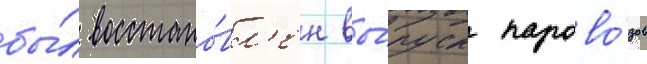
бы́л восстано́вл'ен вы́пуск парово́зов